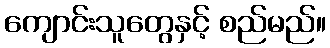
ကျောင်းသူတွေနှင့် စည်မည်။